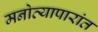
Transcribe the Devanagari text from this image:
मनोव्यापारांत